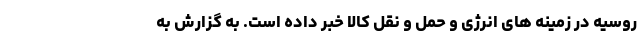
روسیه در زمینه های انرژی و حمل و نقل کالا خبر داده است. به گزارش به